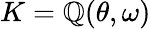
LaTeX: K=\mathbb{Q}(\theta,\omega)